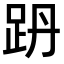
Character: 𧿜